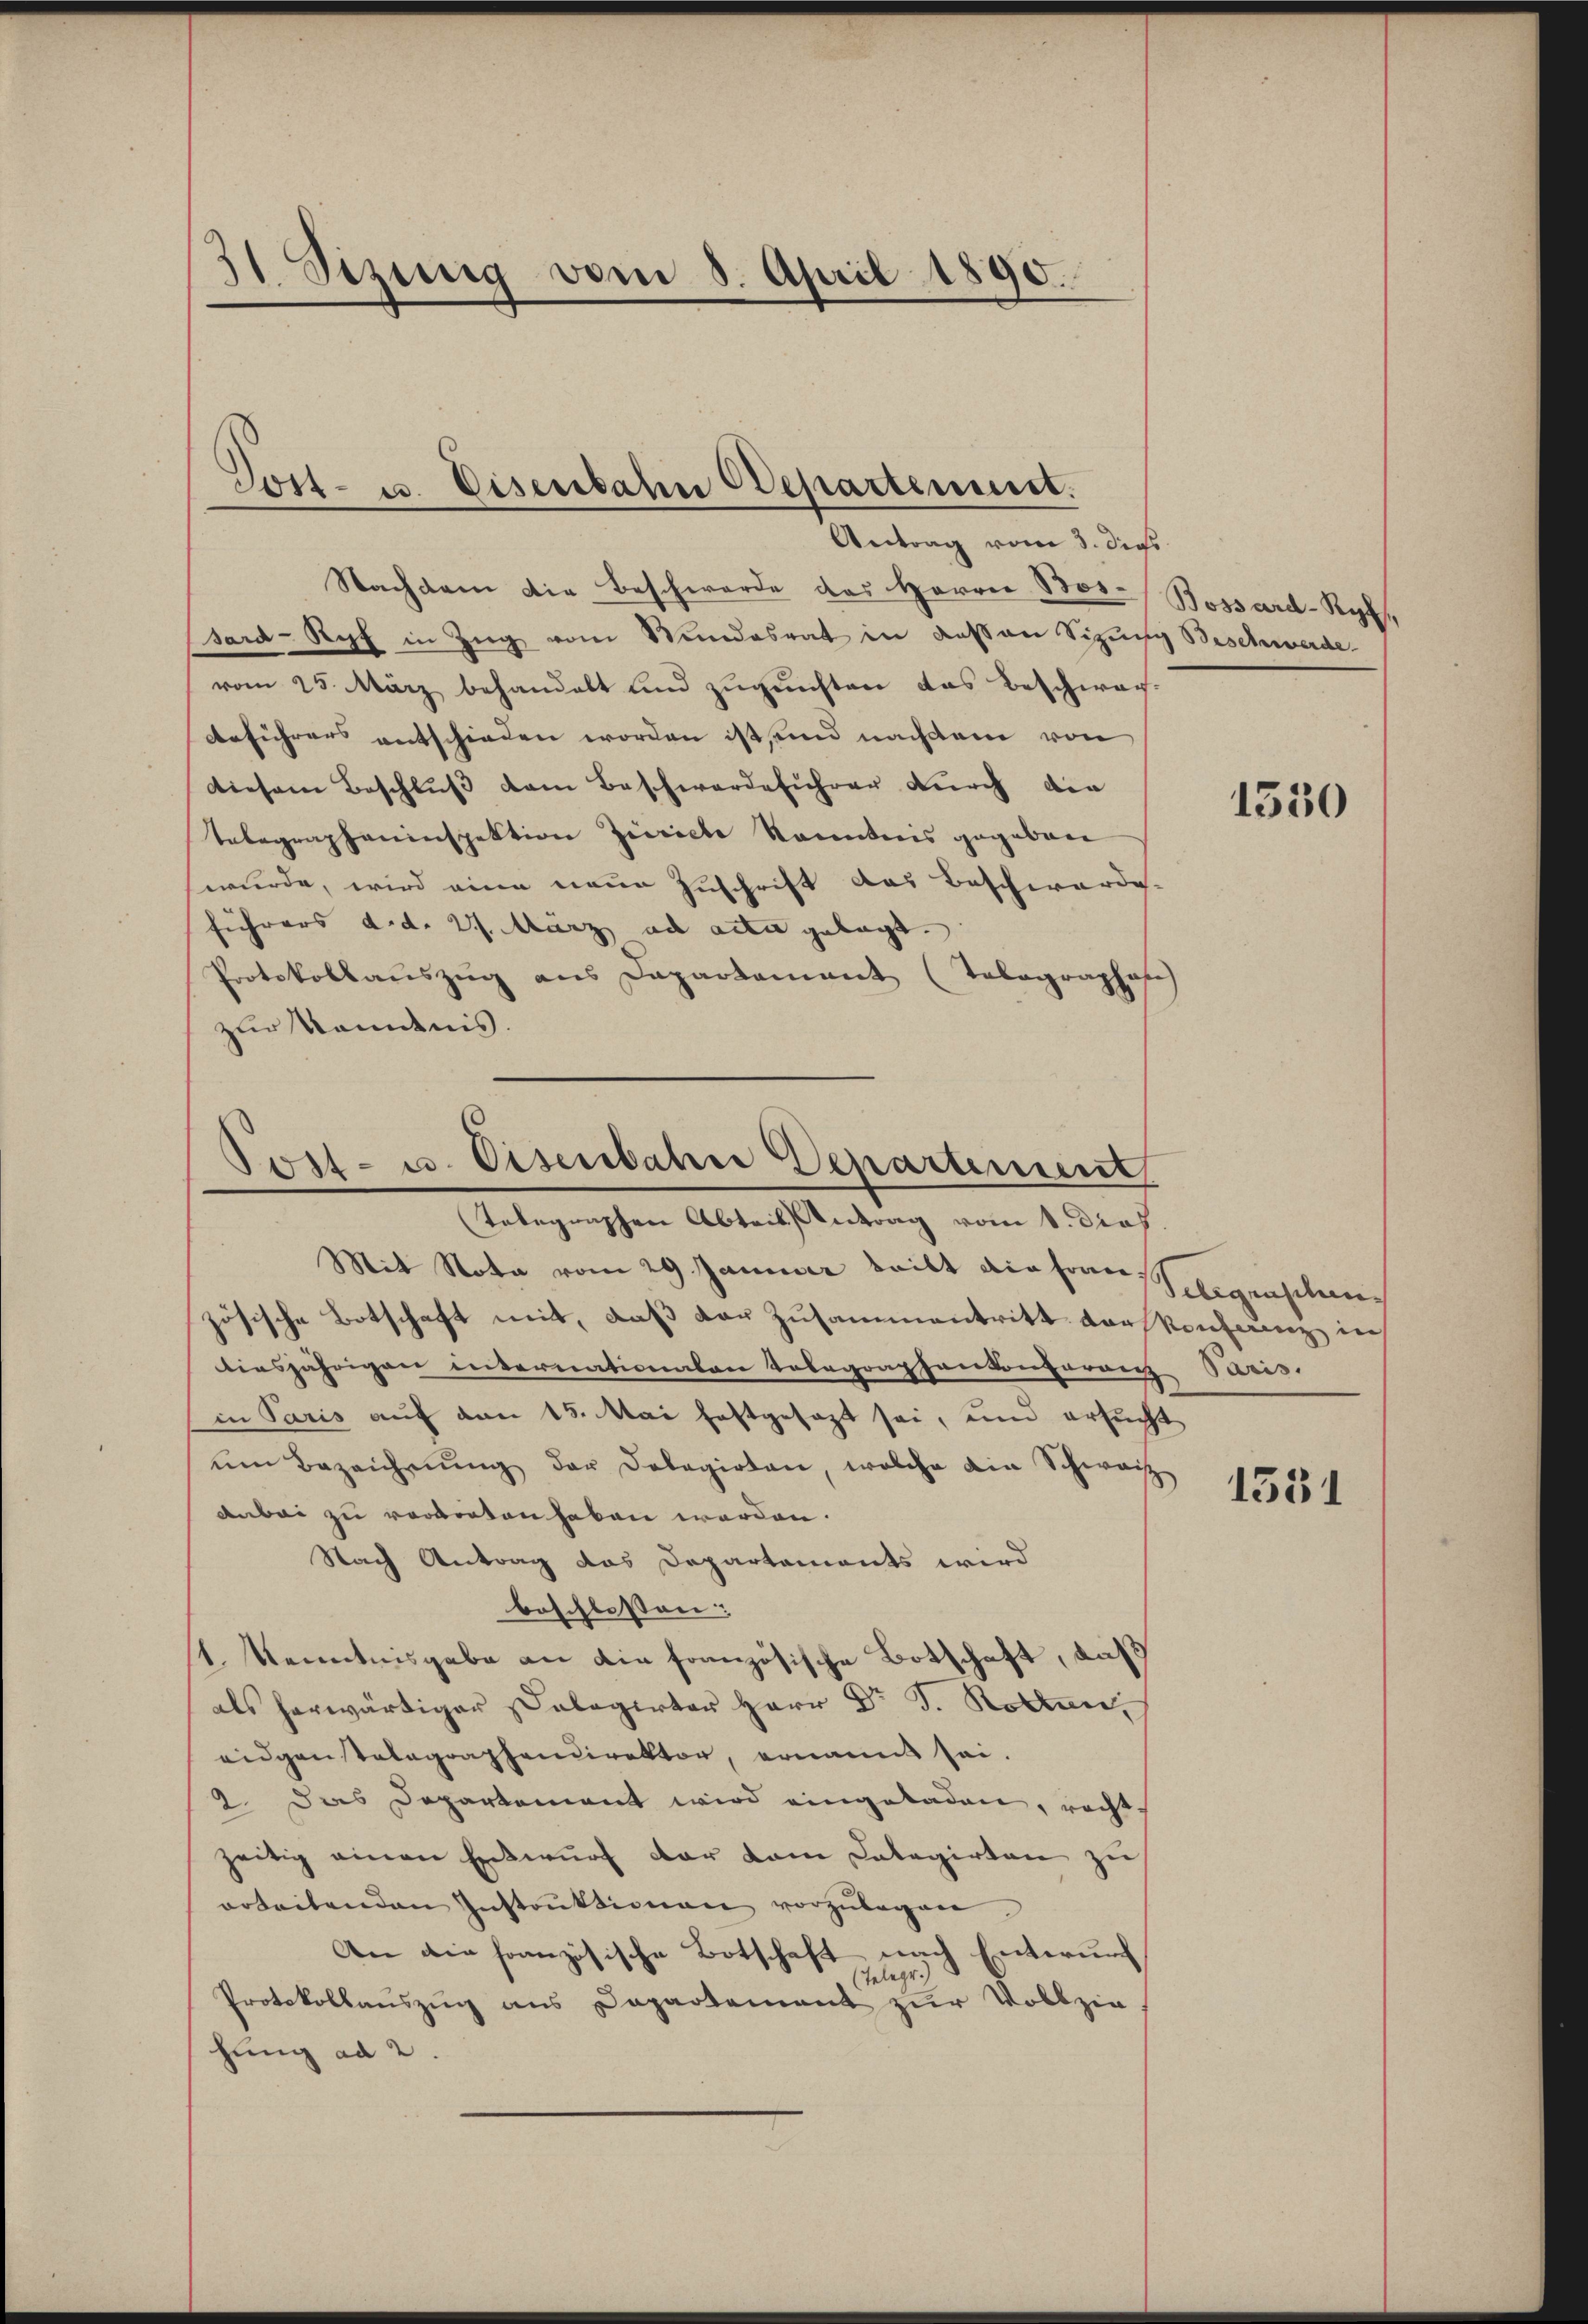
¬
 Sizung vom 8. April 1890.

Post- u. Eisenbahn Departement.
Antrag vom 3. dies

Nachdem die Beschwerde das Herrn Ber-Bossard-Ryf,
sard-Ryf in Zug vom Stundesrat in dessen Sitzung Beschwerde
vom 25. März behandelt und zugunsten das beschwar-
Anführers entschieden worden ist, und nachdem von
Diesem Beschluß dem Beschwerdeführer durch die
Telegrapheninspektion Zürich Racenteris gegeben
wurde, wird eine neue Zuschrift das Beschwarde-
führers d.d. 27. März ad aden gelegt.
Protokollauszug aus Departement (Tabographase
zur Kenntnis.

Post- u. Eisenbahre Departement
Telegraphen Abteil, Antrag vom 1. dies.

Mit Nota vom 29. Januar teilt die franschlegenschaus
zösische Botschaft mit, daß der Zusammentritt der Konferenz in
biesjährigen internationaten Tobegraphenkonferenz Paris.
in Paris auf den 15. Mai festgesezt sei, und ersucht
ŭm Bezeichnŭng der Delegioten, welche ein Schweiz
anbei zu verworten haben werden.
Nach Antrag das Departements wird
beschlossen:
1. Kenntnisgabe an die französische Botschaft, daß
als herwärtiger Delegirter Herr Dr J. Rotten,
eidgenstalographendirektor, ernannt sei.
2. Das Departement wird eingeladen, rechts
zeitig einen Entwurf der dem Catagirten zu
orteilenden Instrŭktionen vorzŭlegen.
An die französische Botschaft nach Enterung
Telegr.)
Protokollauszug aus Departement zur Vollzie
hung ad 2.

1550

1531